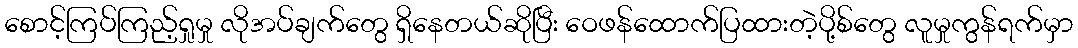
စောင့်ကြပ်ကြည့်ရှုမှု လိုအပ်ချက်တွေ ရှိနေတယ်ဆိုပြီး ဝေဖန်ထောက်ပြထားတဲ့ပို့စ်တွေ လူမှုကွန်ရက်မှာ